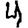
Digit: 4